Plague in India, 1896, 1897 - Volume 3
Year: 1896
Disease focus: Plague
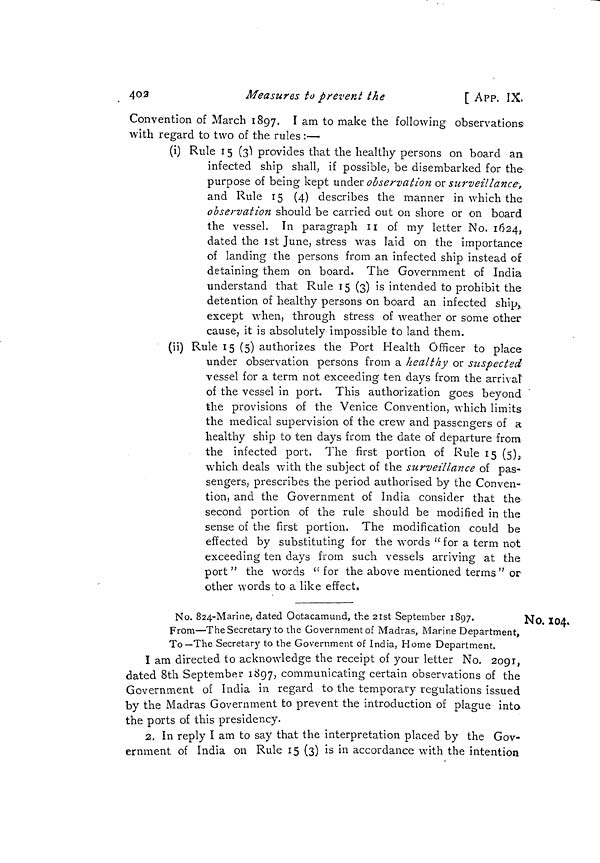
4O3
Measures to prevent the
[ APP. IX.
Convention of March 1897. I am to make the following observations
with regard to two of the rules :—
(i) Rule 15 (3) provides that the healthy persons on board an
infected ship shall, if possible, be disembarked for the-
purpose of being kept under observation or surveillance,
and Rule 15 (4) describes the manner in which the
observation should be carried out on shore or on board
the vessel. In paragraph II of my letter No. 1624,
dated the 1st June, stress was laid on the importance
of landing the persons from an infected ship instead of
detaining them on board. The Government of India
understand that Rule 15 (3) is intended to prohibit the
detention of healthy persons on board an infected ship,
except when, through stress of weather or some other
cause, it is absolutely impossible to land them.
(ii) Rule 15 (5) authorizes the Port Health Officer to place
under observation persons from a healthy or suspected
vessel for a term not exceeding ten days from the arrival
of the vessel in port. This authorization goes beyond
the provisions of the Venice Convention, which limits
the medical supervision of the crew and passengers of a
healthy ship to ten days from the date of departure from
the infected port. The first portion of Rule 15 (5),
which deals with the subject of the surveillance of pas-
sengers, prescribes the period authorised by the Conven-
tion, and the Government of India consider that the
second portion of the rule should be modified in the
sense of the first portion. The modification could be
effected by substituting for the words "for a term not
exceeding ten days from such vessels arriving at the
port" the words "for the above mentioned terms " or
other words to a like effect,
No. 104.
No. 824-Marine, dated Ootacamund, the 21st September 1897.
From—T he Secretary to the Government of Madras, Marine Department,
To—The Secretary to the Government of India, Home Department.
I am directed to acknowledge the receipt of your letter No. 2091,
dated 8th September 1897, communicating certain observations of the
Government of India in regard to the temporary regulations issued
by the Madras Government to prevent the introduction of plague into
the ports of this presidency.
2. In reply I am to say that the interpretation placed by the Gov-
ernment of India on Rule 15 (3) is in accordance with the intention